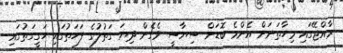
ރާއްޖޭގައި މިހާތަނަށް އެންމެ ބޮޑަށް ސިޔާސީ ވެގެން ދިޔަ ގަތުލުގެ ފަހަތުގައި ހަގީގަތުގައި